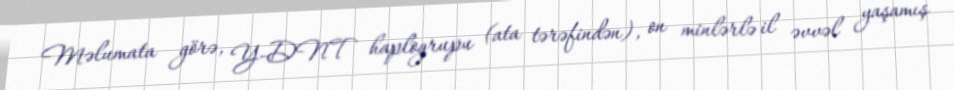
Məlumata görə, Y-DNT haplogrupu (ata tərəfindən), on minlərlə il əvvəl yaşamış